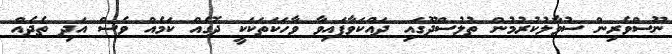
ނޫސްވެރިން ސުވާލުކުރުމުން ތުލުސްދޫގައި ދައްކަވާފައިވާ ވާހަކަތަކަކީ ދޮގެއް ކަމެއް ވެސް އަދި ތެދެއް